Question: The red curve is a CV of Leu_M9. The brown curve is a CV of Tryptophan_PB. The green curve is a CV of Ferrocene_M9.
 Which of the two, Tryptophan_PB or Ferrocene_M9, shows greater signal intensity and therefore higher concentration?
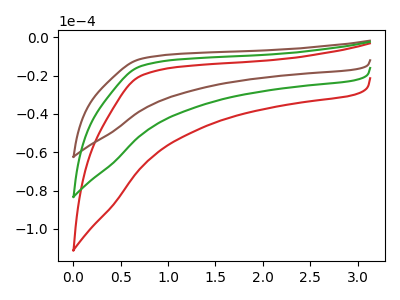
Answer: <think>The red curve "Leu_M9" has no peaks. The brown curve "Tryptophan_PB" has no peaks. The green curve "Ferrocene_M9" has no peaks.
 Neither "Tryptophan_PB" or "Ferrocene_M9" have any peaks.</think>
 <answer>I cant tell if "Tryptophan_PB" or "Ferrocene_M9" has higher concentration.</answer>
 <eval>mixed_concentration</eval>